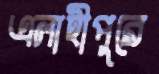
এলাহীপুরে